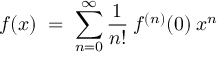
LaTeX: f ( x ) \; = \; \sum _ { n = 0 } ^ { \infty } \frac { 1 } { n ! } \: f ^ { ( n ) } ( 0 ) \: x ^ { n }